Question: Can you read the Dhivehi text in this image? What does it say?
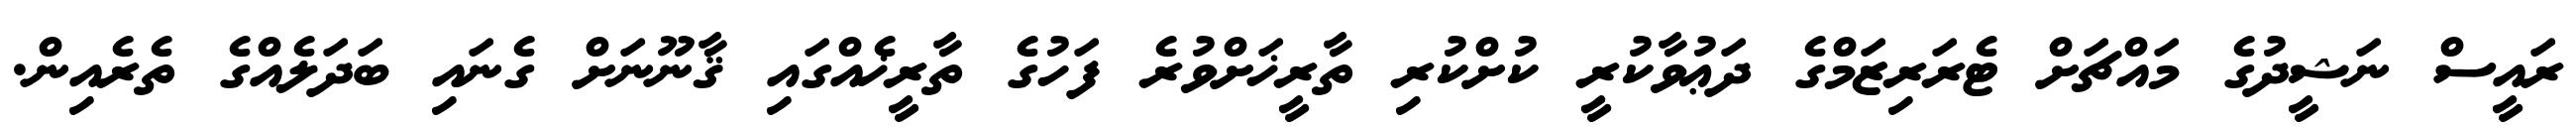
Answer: ރައީސް ނަޝީދުގެ މައްޗަށް ޓެރަރިޒަމްގެ ދަޢުވާކުރީ ކުށްކުރި ތާރީޚަށްވުރެ ފަހުގެ ތާރީޚެއްގައި ޤާނޫނަށް ގެނައި ބަދަލެއްގެ ތެރެއިން.